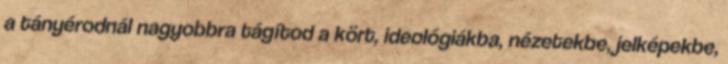
a tányérodnál nagyobbra tágítod a kört, ideológiákba, nézetekbe, jelképekbe,